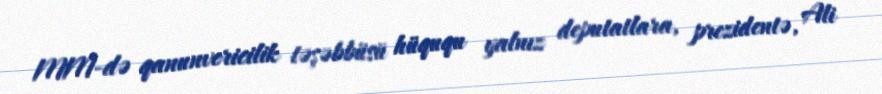
MM-də qanunvericilik təşəbbüsü hüququ yalnız deputatlara, prezidentə, Ali